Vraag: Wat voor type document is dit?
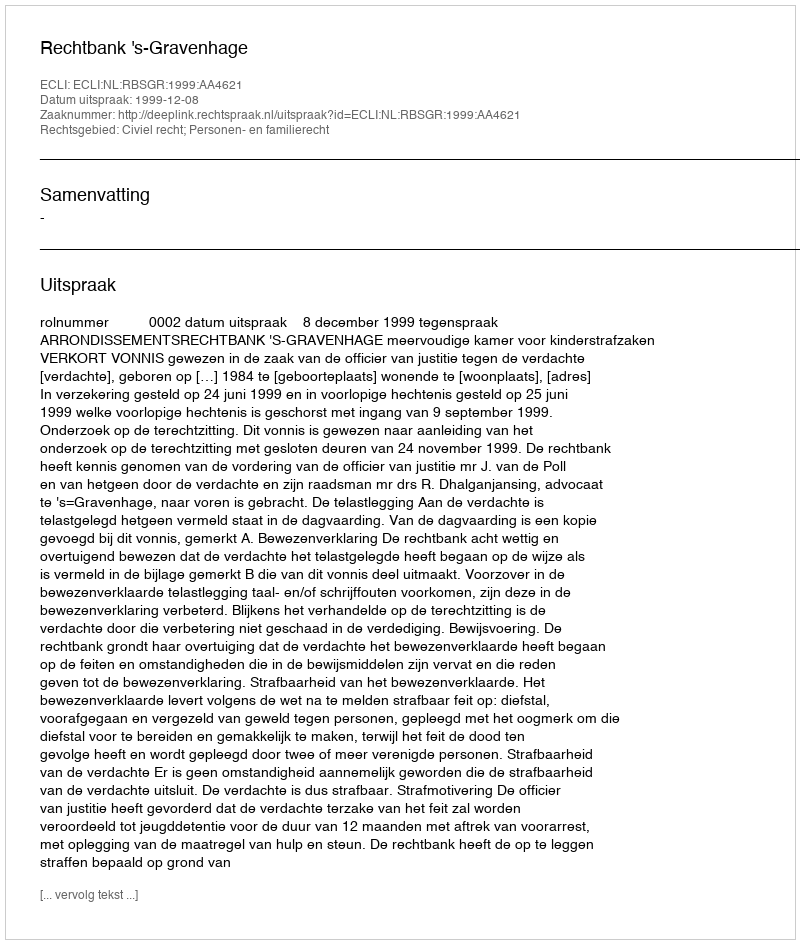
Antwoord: Uitspraak